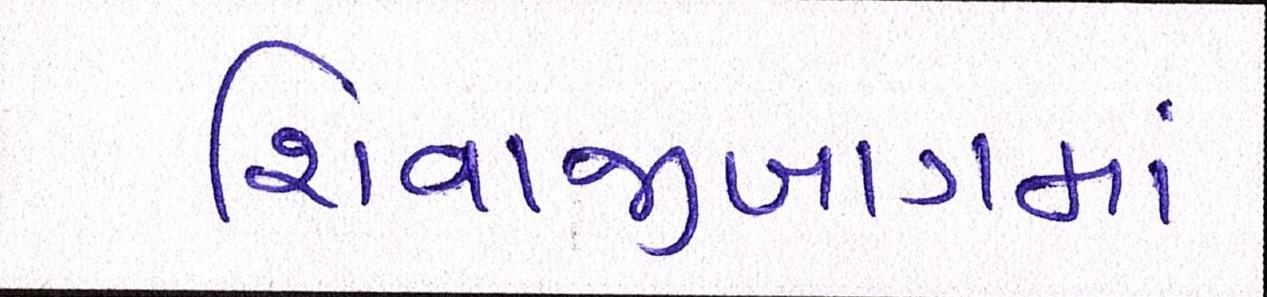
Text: શિવાજીબાગમાં